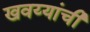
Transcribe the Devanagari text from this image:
खवय्यांची